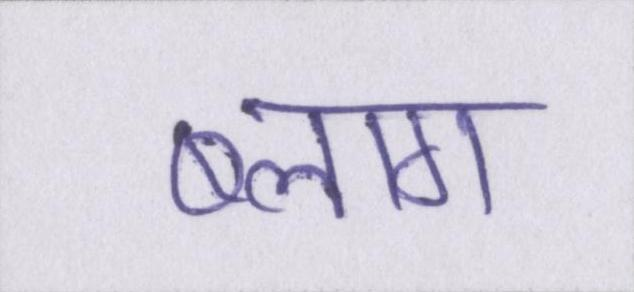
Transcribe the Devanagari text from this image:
ब्लाग